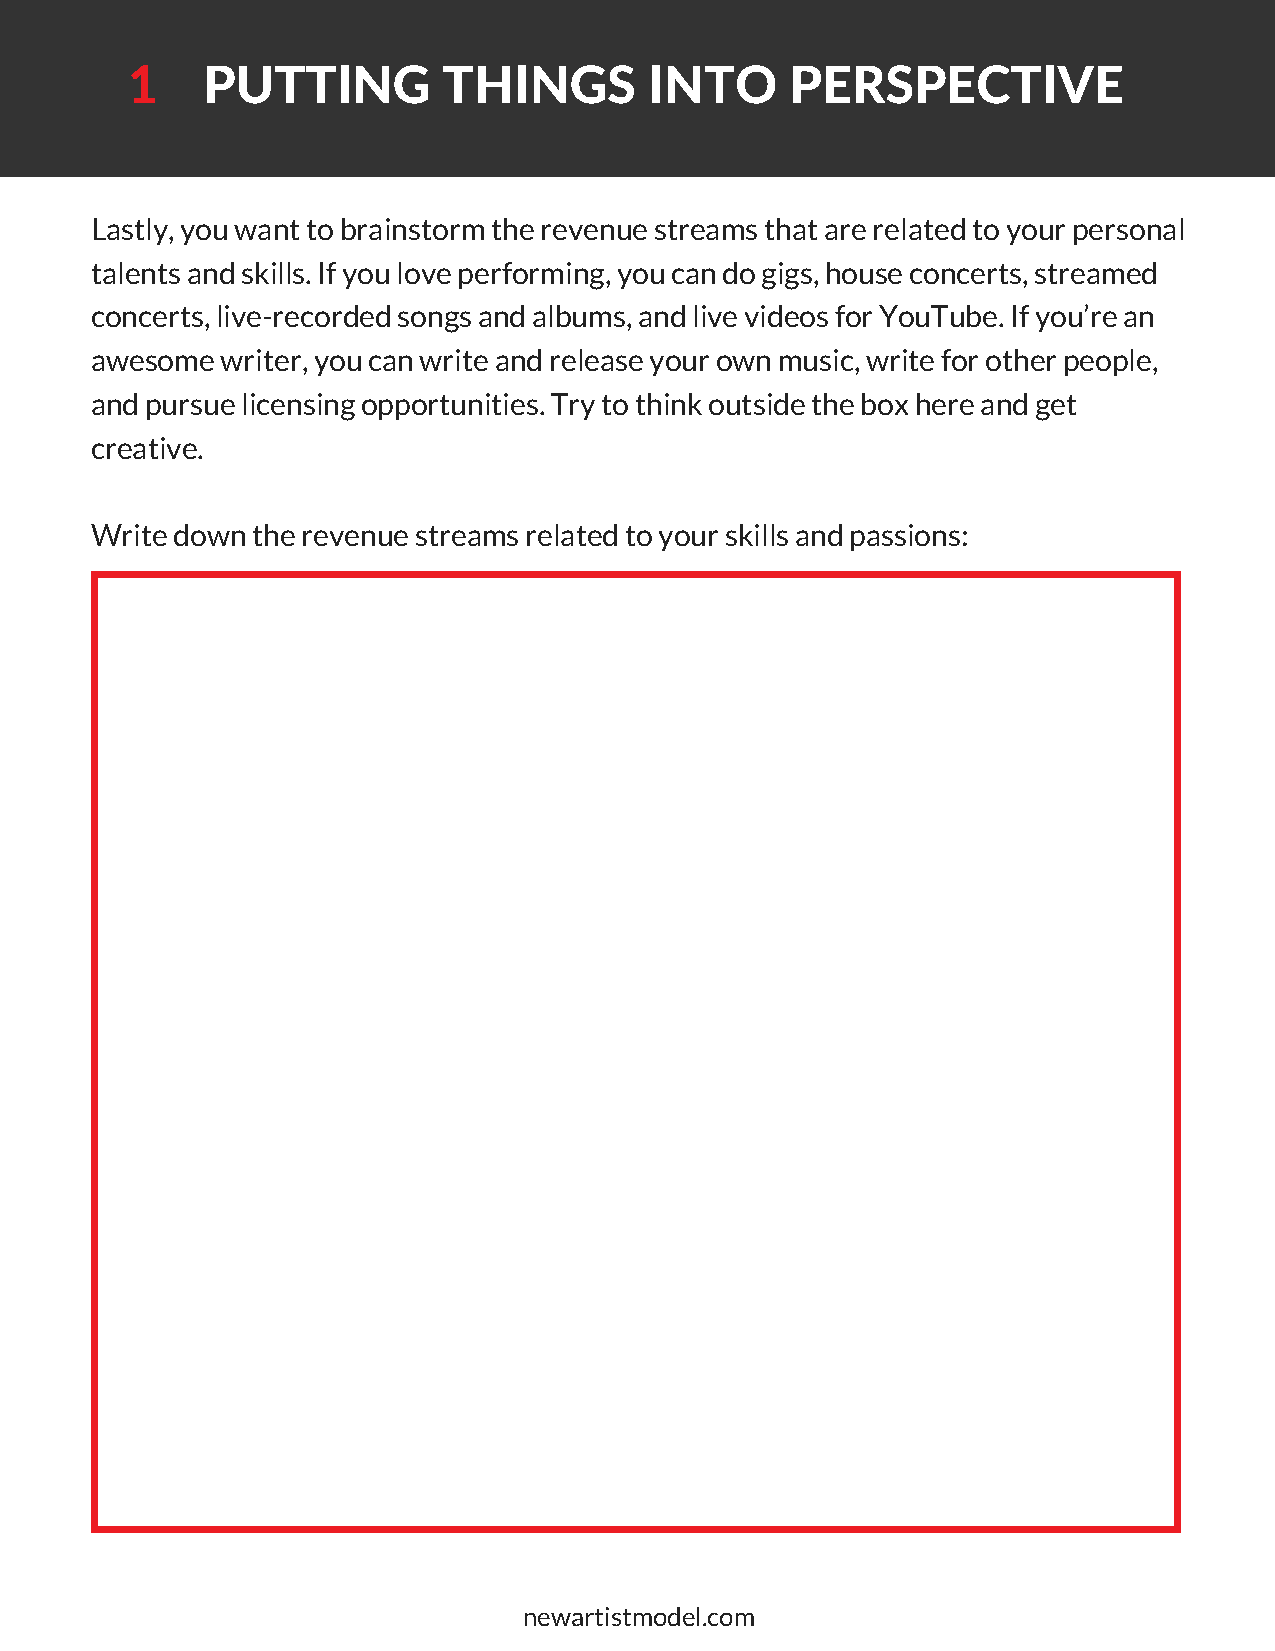
1    PUTTING         THINGS        INTO     PERSPECTIVE
 Lastly, you want to brainstorm the revenue streams that are related to your personal
 talents and skills. If you love performing, you can do gigs, house concerts, streamed
 concerts, live-recorded songs and albums, and live videos for YouTube. If you’re an
 awesome  writer, you can write and release your own music, write for other people,
 and pursue licensing opportunities. Try to think outside the box here and get
 creative.
 Write down the revenue streams related to your skills and passions:
 newartistmodel.com